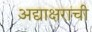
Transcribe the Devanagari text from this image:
अद्याक्षराची